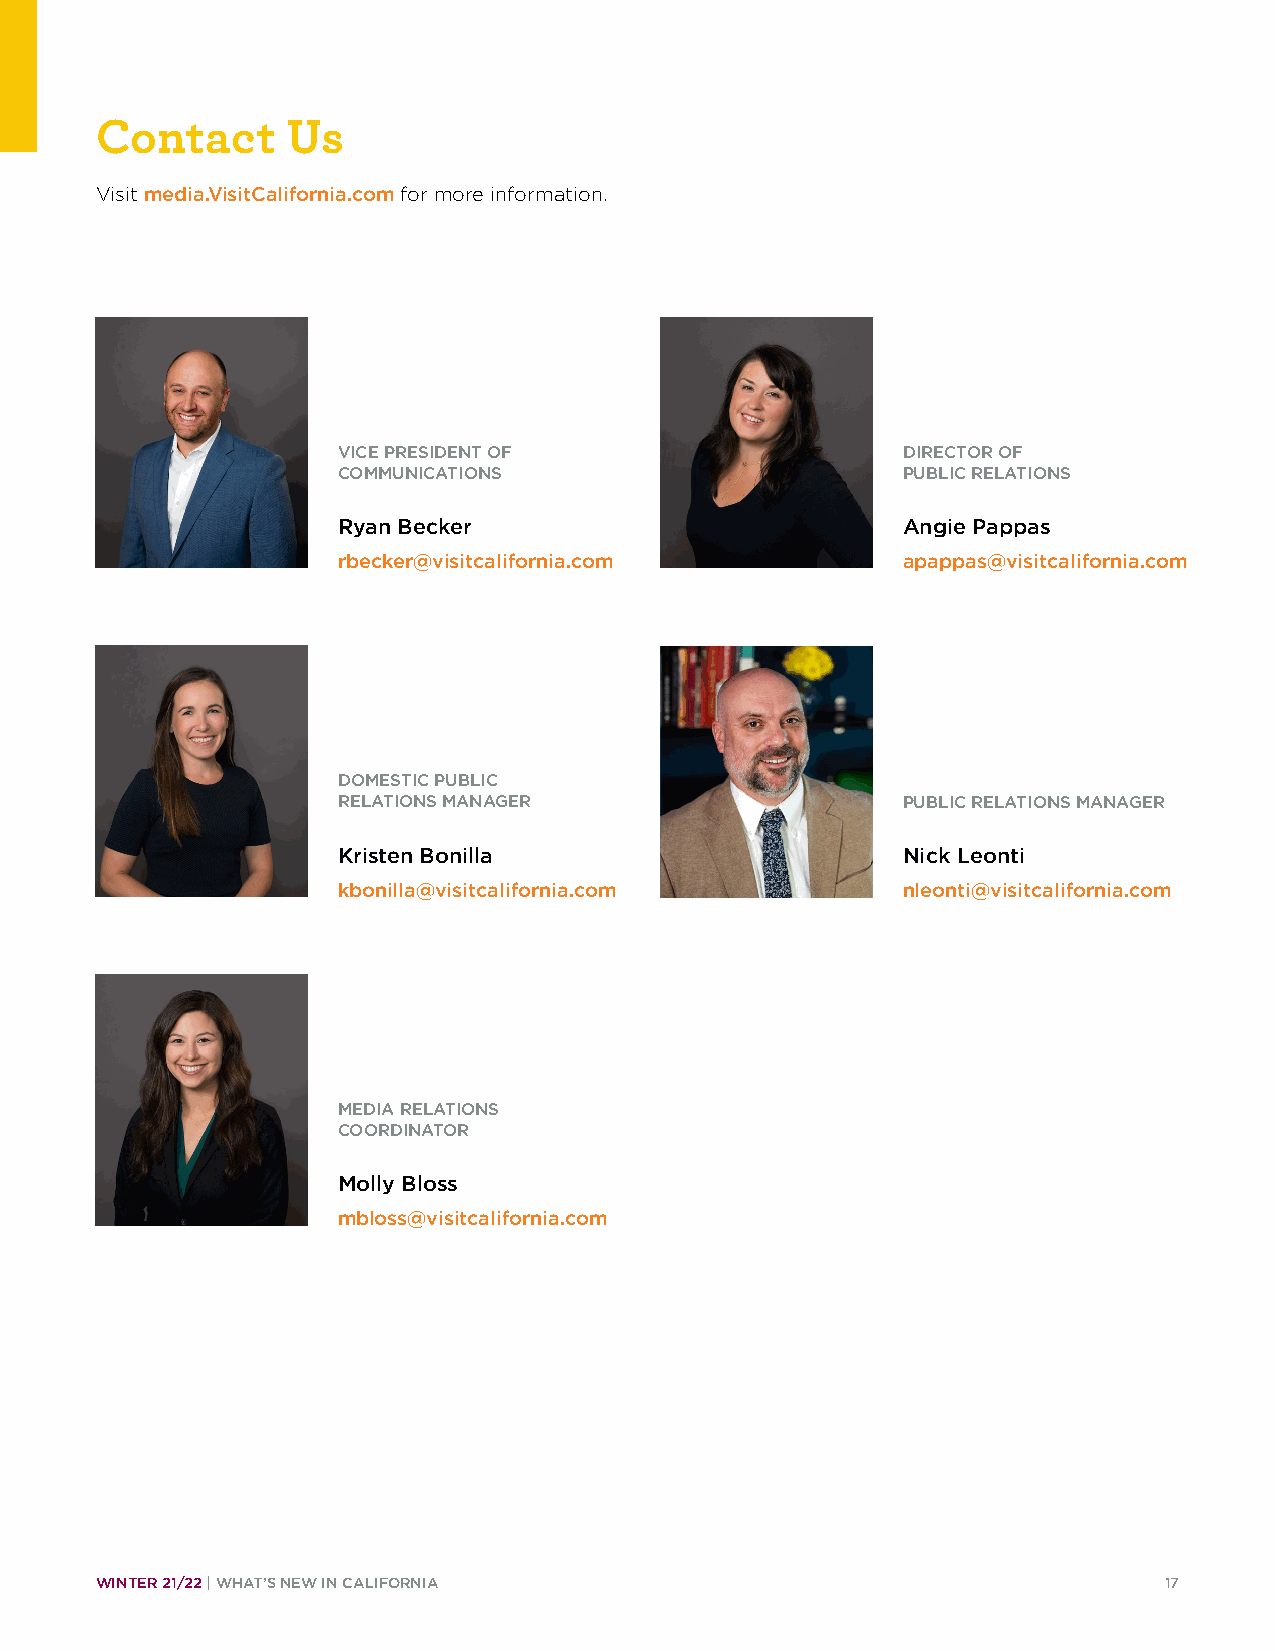
Contact      Us
 Visit media.VisitCalifornia.com for more information.
 VICE PRESIDENT OF                     DIRECTOR OF
 COMMUNICATIONS                        PUBLIC RELATIONS
 Ryan Becker                           Angie Pappas
 rbecker@visitcalifornia.com           apappas@visitcalifornia.com
 DOMESTIC PUBLIC
 RELATIONS MANAGER                     PUBLIC RELATIONS MANAGER
 Kristen Bonilla                       Nick Leonti
 kbonilla@visitcalifornia.com          nleonti@visitcalifornia.com
 MEDIA RELATIONS
 COORDINATOR
 Molly Bloss
 mbloss@visitcalifornia.com
 WINTER 21/22 | WHAT’S NEW IN CALIFORNIA                                17